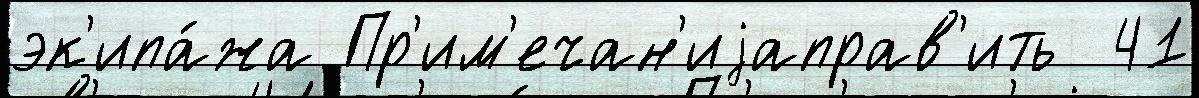
эк'ипа́жа Пр'им'ечан'иjаправ'ить  41